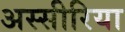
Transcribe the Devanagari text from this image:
अस्सीरिया